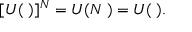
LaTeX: [ U ( \mathbf { \epsilon } ) ] ^ { N } = U ( N \mathbf { \epsilon } ) = U ( \mathbf { \lambda } ) .